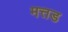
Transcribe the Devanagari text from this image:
मत्तड